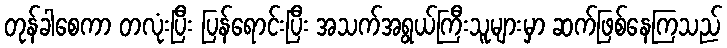
တုန်ခါစေကာ တလုံးပြီး ပြန်ရောင်းပြီး အသက်အရွယ်ကြီးသူများမှာ ဆက်ဖြစ်နေကြသည်